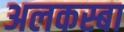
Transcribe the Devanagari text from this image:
अलकस्बा